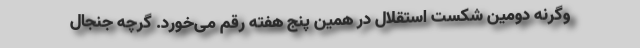
وگرنه دومین شکست استقلال در همین پنج هفته رقم می‌خورد. گرچه جنجال